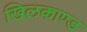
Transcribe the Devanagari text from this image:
खिलकाण्ड